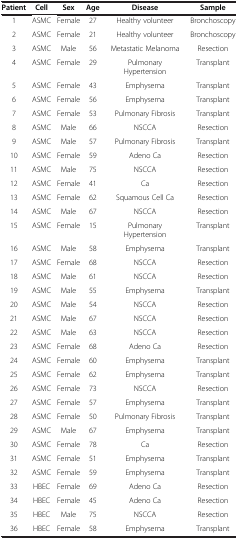
<table><thead><tr><td><b>Patient</b></td><td><b>Cell</b></td><td><b>Sex</b></td><td><b>Age</b></td><td><b>Disease</b></td><td><b>Sample</b></td></tr></thead><tbody><tr><td>1</td><td>ASMC</td><td>Female</td><td>27</td><td>Healthy volunteer</td><td>Bronchoscopy</td></tr><tr><td>2</td><td>ASMC</td><td>Female</td><td>21</td><td>Healthy volunteer</td><td>Bronchoscopy</td></tr><tr><td>3</td><td>ASMC</td><td>Male</td><td>56</td><td>Metastatic Melanoma</td><td>Resection</td></tr><tr><td>4</td><td>ASMC</td><td>Female</td><td>29</td><td>Pulmonary Hypertension</td><td>Transplant</td></tr><tr><td>5</td><td>ASMC</td><td>Female</td><td>43</td><td>Emphysema</td><td>Transplant</td></tr><tr><td>6</td><td>ASMC</td><td>Female</td><td>56</td><td>Emphysema</td><td>Transplant</td></tr><tr><td>7</td><td>ASMC</td><td>Female</td><td>53</td><td>Pulmonary Fibrosis</td><td>Transplant</td></tr><tr><td>8</td><td>ASMC</td><td>Male</td><td>66</td><td>NSCCA</td><td>Resection</td></tr><tr><td>9</td><td>ASMC</td><td>Male</td><td>57</td><td>Pulmonary Fibrosis</td><td>Transplant</td></tr><tr><td>10</td><td>ASMC</td><td>Female</td><td>59</td><td>Adeno Ca</td><td>Resection</td></tr><tr><td>11</td><td>ASMC</td><td>Male</td><td>75</td><td>NSCCA</td><td>Resection</td></tr><tr><td>12</td><td>ASMC</td><td>Female</td><td>41</td><td>Ca</td><td>Resection</td></tr><tr><td>13</td><td>ASMC</td><td>Female</td><td>62</td><td>Squamous Cell Ca</td><td>Resection</td></tr><tr><td>14</td><td>ASMC</td><td>Male</td><td>67</td><td>NSCCA</td><td>Resection</td></tr><tr><td>15</td><td>ASMC</td><td>Female</td><td>15</td><td>Pulmonary Hypertension</td><td>Transplant</td></tr><tr><td>16</td><td>ASMC</td><td>Male</td><td>58</td><td>Emphysema</td><td>Transplant</td></tr><tr><td>17</td><td>ASMC</td><td>Female</td><td>68</td><td>NSCCA</td><td>Resection</td></tr><tr><td>18</td><td>ASMC</td><td>Male</td><td>61</td><td>NSCCA</td><td>Resection</td></tr><tr><td>19</td><td>ASMC</td><td>Male</td><td>55</td><td>Emphysema</td><td>Transplant</td></tr><tr><td>20</td><td>ASMC</td><td>Male</td><td>54</td><td>NSCCA</td><td>Resection</td></tr><tr><td>21</td><td>ASMC</td><td>Male</td><td>67</td><td>NSCCA</td><td>Resection</td></tr><tr><td>22</td><td>ASMC</td><td>Male</td><td>63</td><td>NSCCA</td><td>Resection</td></tr><tr><td>23</td><td>ASMC</td><td>Female</td><td>68</td><td>Adeno Ca</td><td>Resection</td></tr><tr><td>24</td><td>ASMC</td><td>Female</td><td>60</td><td>Emphysema</td><td>Transplant</td></tr><tr><td>25</td><td>ASMC</td><td>Female</td><td>62</td><td>Emphysema</td><td>Transplant</td></tr><tr><td>26</td><td>ASMC</td><td>Female</td><td>73</td><td>NSCCA</td><td>Resection</td></tr><tr><td>27</td><td>ASMC</td><td>Female</td><td>57</td><td>Emphysema</td><td>Transplant</td></tr><tr><td>28</td><td>ASMC</td><td>Female</td><td>50</td><td>Pulmonary Fibrosis</td><td>Transplant</td></tr><tr><td>29</td><td>ASMC</td><td>Male</td><td>67</td><td>Emphysema</td><td>Transplant</td></tr><tr><td>30</td><td>ASMC</td><td>Female</td><td>78</td><td>Ca</td><td>Resection</td></tr><tr><td>31</td><td>ASMC</td><td>Female</td><td>51</td><td>Emphysema</td><td>Transplant</td></tr><tr><td>32</td><td>ASMC</td><td>Female</td><td>59</td><td>Emphysema</td><td>Transplant</td></tr><tr><td>33</td><td>HBEC</td><td>Female</td><td>69</td><td>Adeno Ca</td><td>Resection</td></tr><tr><td>34</td><td>HBEC</td><td>Female</td><td>45</td><td>Adeno Ca</td><td>Resection</td></tr><tr><td>35</td><td>HBEC</td><td>Male</td><td>75</td><td>NSCCA</td><td>Resection</td></tr><tr><td>36</td><td>HBEC</td><td>Female</td><td>58</td><td>Emphysema</td><td>Transplant</td></tr></tbody></table>